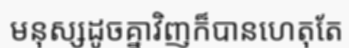
មនុស្សដូចគ្នាវិញក៏បានហេតុតែ